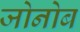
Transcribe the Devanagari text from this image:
जोनोब